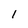
Character: I